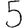
Digit: 5